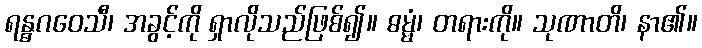
ရန္ဓဂဝေသီ၊ အခွင့်ကို ရှာလိုသည်ဖြစ်၍။ ဓမ္မံ၊ တရားကို။ သုဏာတိ၊ နာ၏။